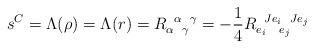
LaTeX: \begin{align*}s^C &= \Lambda(\rho) = \Lambda(r) = R_{\alpha\enskip\gamma}^{\enskip\alpha\enskip\gamma} = -\frac14 R_{e_i\enskip\;\, e_j}^{\enskip Je_i\enskip Je_j}\end{align*}